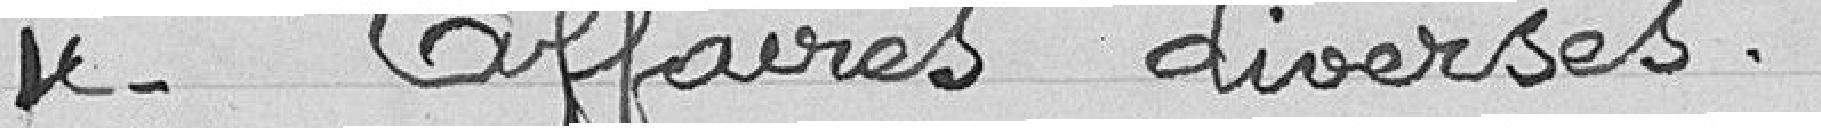
4- Affaires diverses